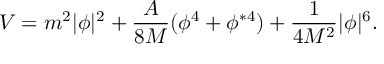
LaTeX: V = m ^ { 2 } | \phi | ^ { 2 } + \frac { A } { 8 M } ( \phi ^ { 4 } + \phi ^ { * 4 } ) + \frac { 1 } { 4 M ^ { 2 } } | \phi | ^ { 6 } .